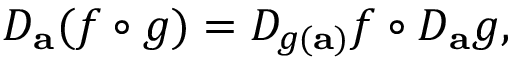
D _ { \mathbf { a } } ( f \circ g ) = D _ { g ( \mathbf { a } ) } f \circ D _ { \mathbf { a } } g ,